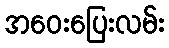
အဝေးပြေးလမ်း